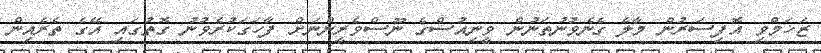
ޒަޚަމްވި އޮފިސަރުން މާލެ ގެނެވުނުތަނުން ވީނިއުސްގެ ނޫސްވެރީންނަށް ފާހަގަކުރެވުނު ގޮތުގައި އޭގެ ތެރެއިން